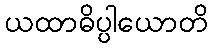
ယထာဓိပ္ပါယောတိ